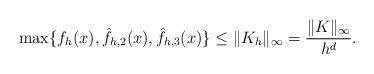
LaTeX: \begin{align*}\max\{f_h(x),\hat{f}_{h,2}(x), \hat{f}_{h,3}(x)\} \le \|K_h\|_\infty = \frac{\|K\|_\infty}{h^d}.\end{align*}